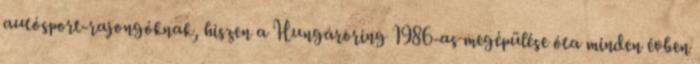
autósport-rajongóknak, hiszen a Hungaroring 1986-as megépülése óta minden évben